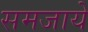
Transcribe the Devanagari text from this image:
समजाये